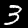
Label: 3